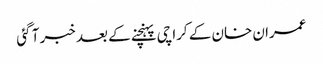
عمران خان کے کراچی پہنچنے کے بعد خبر آ گئی